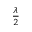
\scriptstyle { \frac { \lambda } { 2 } }